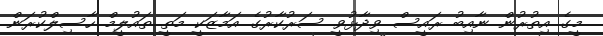
މީގެ އިތުރުން ނާއިބު ރައީސް ވިދާޅުވީ ސަރުކާރުގެ އަމާޒަކީ މަތީ ތައުލީމް ހާސިލްކުރަން